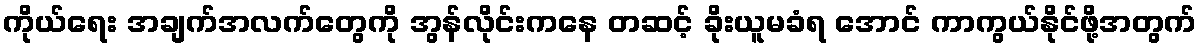
ကိုယ်ရေး အချက်အလက်တွေကို အွန်လိုင်းကနေ တဆင့် ခိုးယူမခံရ အောင် ကာကွယ်နိုင်ဖို့အတွက်